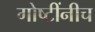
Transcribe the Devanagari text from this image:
गोष्टींनीच